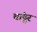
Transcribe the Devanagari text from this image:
चांदूर